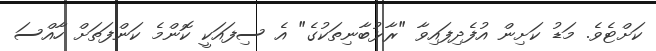
ކަށްޓެވެ. މަޑު ކަށިން އުފެދިފައިވާ "ރާޅުބާނިތަކުގެ" އެ ސިފައަކީ ކޮންމެ ކަންފަތަށް ހާއްސަ